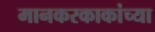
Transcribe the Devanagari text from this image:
मानकरकाकांच्या